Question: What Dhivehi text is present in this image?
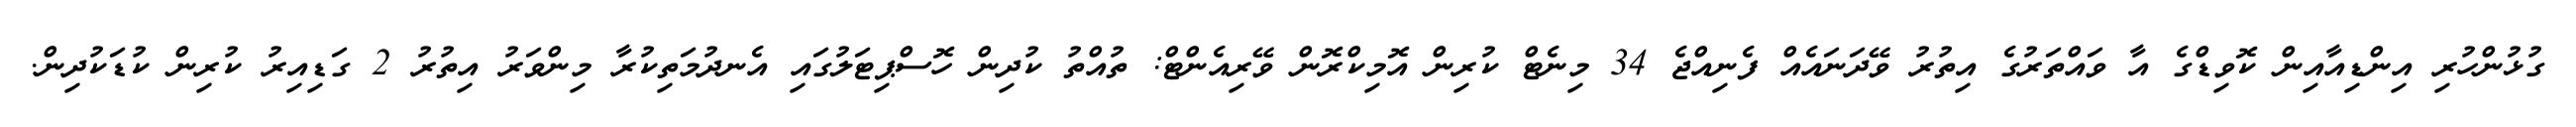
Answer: ގުޅުންހުރި އިންޑިއާއިން ކޮވިޑްގެ އާ ވައްތަރުގެ އިތުރު ވޭދަނައެއް ފެނިއްޖެ 34 މިނެޓް ކުރިން އޮމިކްރޮން ވޭރިއެންޓް: ތުއްތު ކުދިން ހޮސްޕިޓަލުގައި އެނދުމަތިކުރާ މިންވަރު އިތުރު 2 ގަޑިއިރު ކުރިން ކުޑަކުދިން.